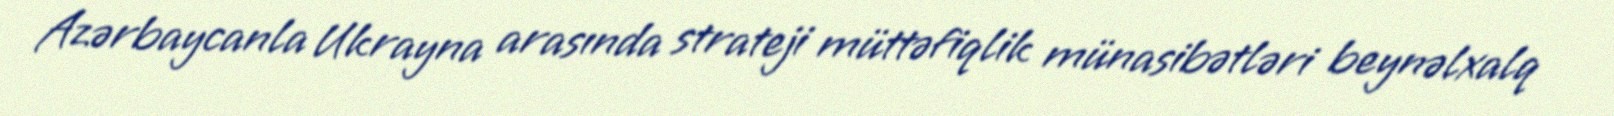
Azərbaycanla Ukrayna arasında strateji müttəfiqlik münasibətləri beynəlxalq